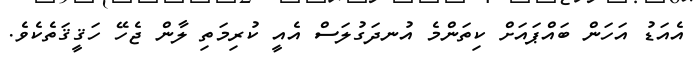
އެއަޑު އަހަން ބައްޕައަށް ކިތަންމެ އުނދަގުލަސް އެއީ ކުރިމަތި ލާން ޖެހޭ ހަޤީޤަތެކެވެ.